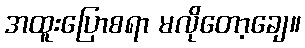
အထူးပြောစရာ မလိုတော့ချေ။